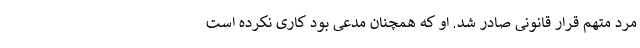
مرد متهم قرار قانونی صادر شد. او که همچنان مدعی بود کاری نکرده است